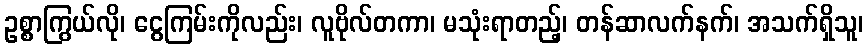
ဥစ္စာကြွယ်လို၊ ငွေကြမ်းကိုလည်း၊ လူဗိုလ်တကာ၊ မသုံးရာတည့်၊ တန်ဆာလက်နက်၊ အသက်ရှိသူ၊